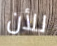
للأن